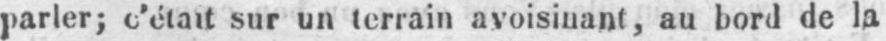
parler; c’était sur un terrain avoisinant, au bord de la